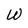
Character: W